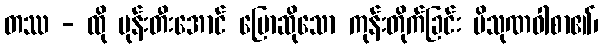
တဿ - ထို မုန်းတီးအောင် ပြောဆိုသော ကုန်းတိုက်ခြင်း ပိသုဏဝါစာ၏၊